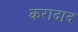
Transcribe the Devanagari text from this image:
करादाद